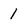
Character: 1